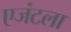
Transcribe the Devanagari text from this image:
एजंटला